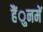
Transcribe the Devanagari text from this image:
हैंुनमें